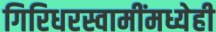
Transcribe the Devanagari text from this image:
गिरिधरस्वामींमध्येही